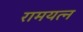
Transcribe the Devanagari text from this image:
रामयत्न